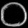
Digit: ၀